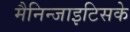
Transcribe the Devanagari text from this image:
मैनिन्जाइटिसके